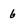
Character: 6